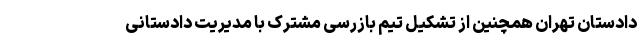
دادستان تهران همچنین از تشکیل تیم بازرسی مشترک با مدیریت دادستانی